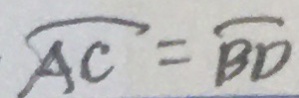
\overline { A C } = \overline { B D }